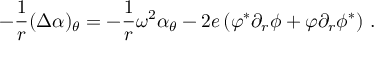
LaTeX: - \frac 1 r ( \Delta \alpha ) _ { \theta } = - \frac 1 r \omega ^ { 2 } \alpha _ { \theta } - 2 e \left( \varphi ^ { * } \partial _ { r } \phi + \varphi \partial _ { r } \phi ^ { * } \right) \, .